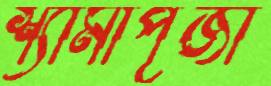
শ্যামাপূজা